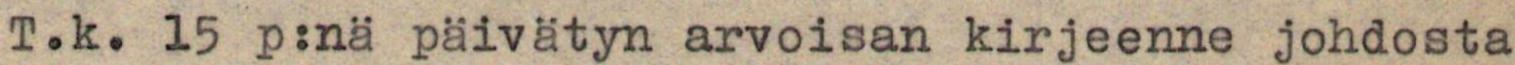
T.k. l5 p:nä päivätyn arvoisan kirjeenne johdosta